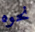
نحوه